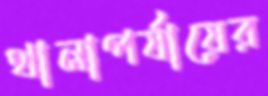
থানাপর্যায়ের